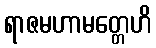
ရာဇမဟာမတ္တေဟိ